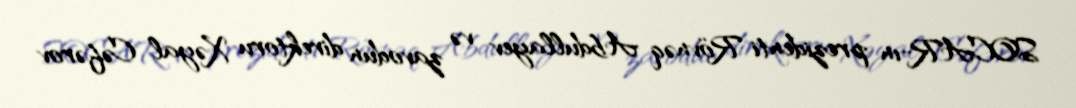
SOCAR-ın prezidenti Rövnəq Abdullayev və zavodun direktoru Xəyal Cəfərov